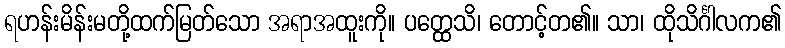
ရဟန်းမိန်းမတို့ထက်မြတ်သော အရာအထူးကို။ ပတ္ထေသိ၊ တောင့်တ၏။ သာ၊ ထိုသိင်္ဂါလက၏